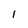
Character: 1